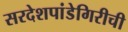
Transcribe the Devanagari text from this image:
सरदेशपांडेगिरीची